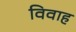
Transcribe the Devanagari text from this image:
विवाह